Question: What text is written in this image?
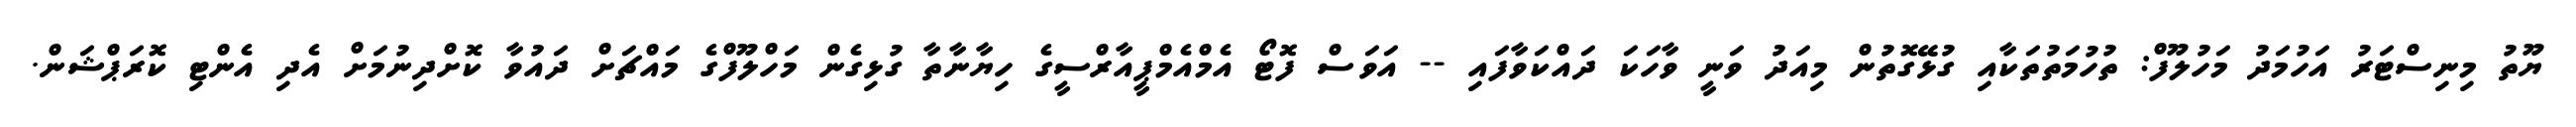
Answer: ޔޫތު މިނިސްޓަރު އަހުމަދު މަހުލޫފް: ތުހުމަތުތަކާއި ގުޅޭގޮތުން މިއަދު ވަނީ ވާހަކަ ދައްކަވާފައި -- އަވަސް ފޮޓޯ އެމްއެމްޕީއާރްސީގެ ހިޔާނާތާ ގުޅިގެން މަހްލޫފްގެ މައްޗަށް ދައުވާ ކޮށްދިނުމަށް އެދި އެންޓި ކޮރަޕްޝަން.